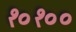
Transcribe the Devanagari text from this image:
१०१००